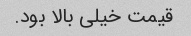
قیمت خیلی بالا بود.